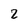
Character: 2